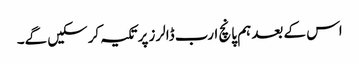
اس کے بعد ہم پانچ ارب ڈالرز پر تکیہ کرسکیں گے۔